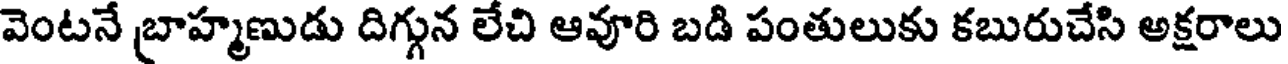
వెంటనే బ్రాహ్మణుడు దిగ్గున లేచి ఆవూరి బడి పంతులుకు కబురుచేసి అక్షరాలు